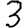
Digit: 3